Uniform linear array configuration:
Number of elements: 64
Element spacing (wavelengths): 0.25
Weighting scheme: binomial
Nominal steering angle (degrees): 45
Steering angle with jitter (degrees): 45.315
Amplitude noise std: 0.05
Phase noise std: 0.05

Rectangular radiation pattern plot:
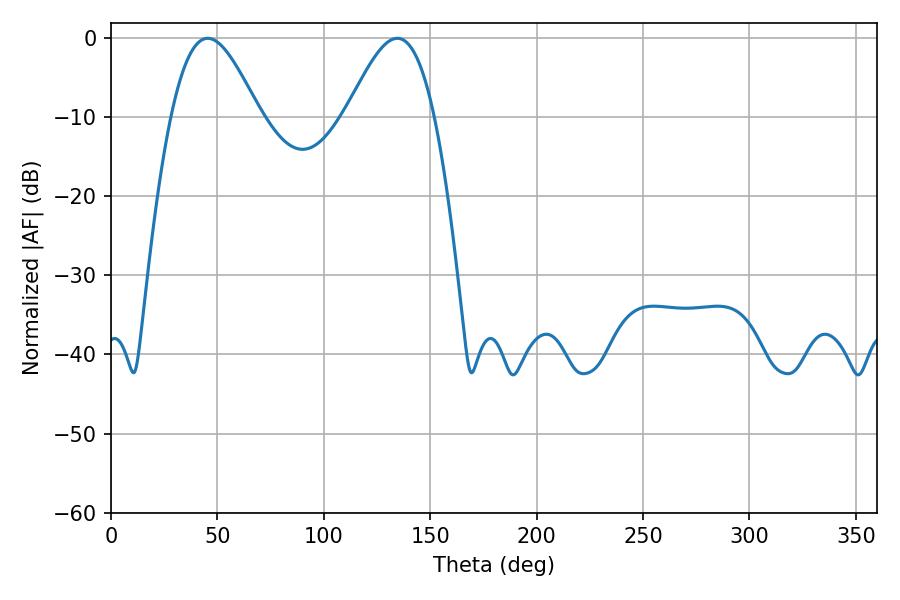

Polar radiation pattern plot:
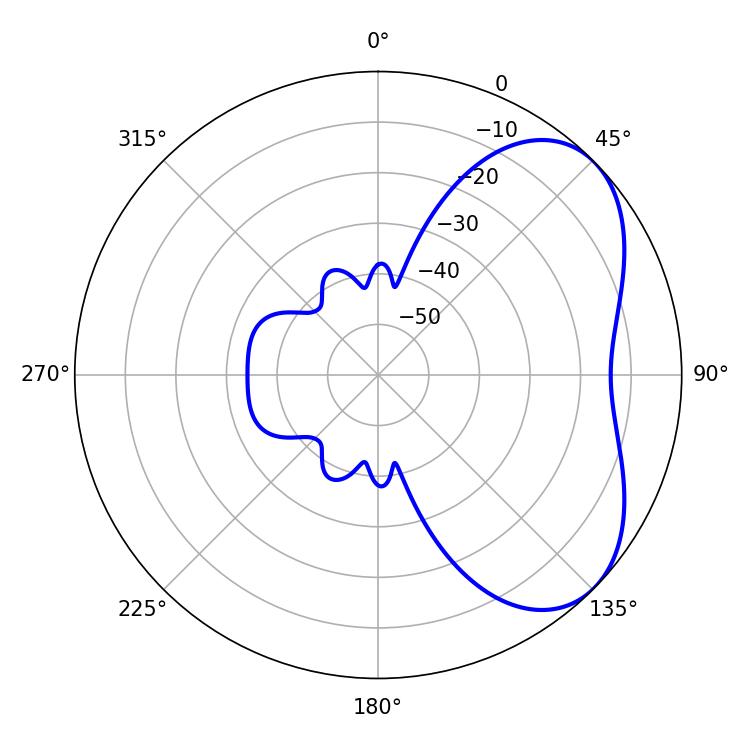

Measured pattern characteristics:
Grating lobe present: FALSE
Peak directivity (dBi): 4.918
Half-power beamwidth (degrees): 22.14
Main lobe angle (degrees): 45.36